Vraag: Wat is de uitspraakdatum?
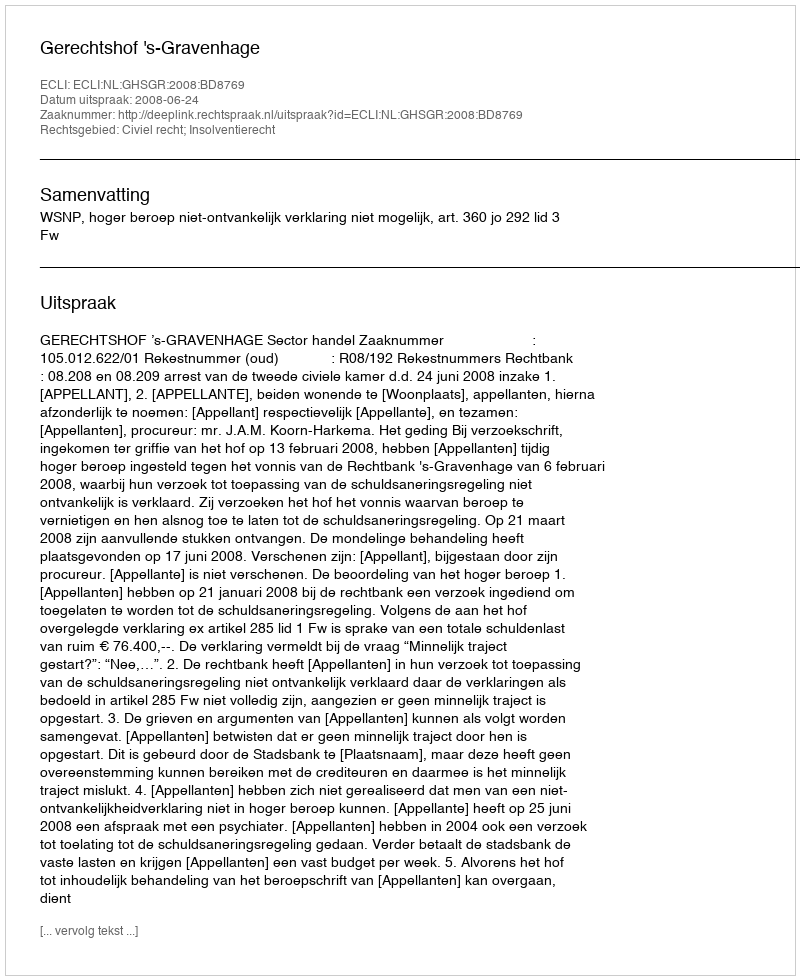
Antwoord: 2008-06-24